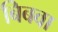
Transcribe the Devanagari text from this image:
बिबवा